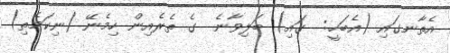
އެތާނގައި (އެބަހީ:  ގައި) ބަލިވާނެ  ގެ ތެރެއިން ހިމެނޭ (ނިކަމެތި)